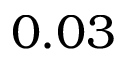
0 . 0 3